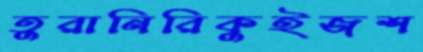
তুরানিরিকুইজশ